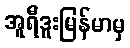
အူရီဒူးမြန်မာမှ